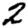
Digit: 2